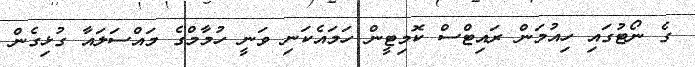
ގެ ނޯޓުގައި ހިއުމަން ރައިޓްސް ކޮމިޓީން ހަމައެކަނި ވަނީ ހުމާމްގެ މައްސަލައާ ގުޅިގެން